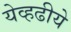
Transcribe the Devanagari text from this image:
येव्हढीये